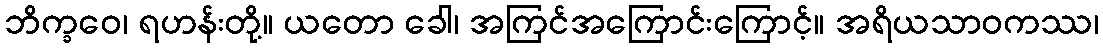
ဘိက္ခဝေ၊ ရဟန်းတို့။ ယတော ခေါ၊ အကြင်အကြောင်းကြောင့်။ အရိယသာဝကဿ၊